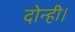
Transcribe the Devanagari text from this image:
दोन्ही।